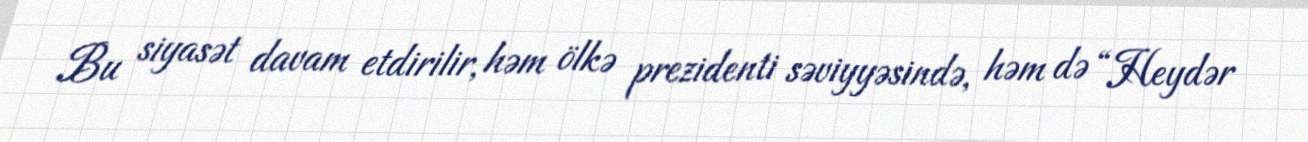
Bu siyasət davam etdirilir, həm ölkə prezidenti səviyyəsində, həm də “Heydər